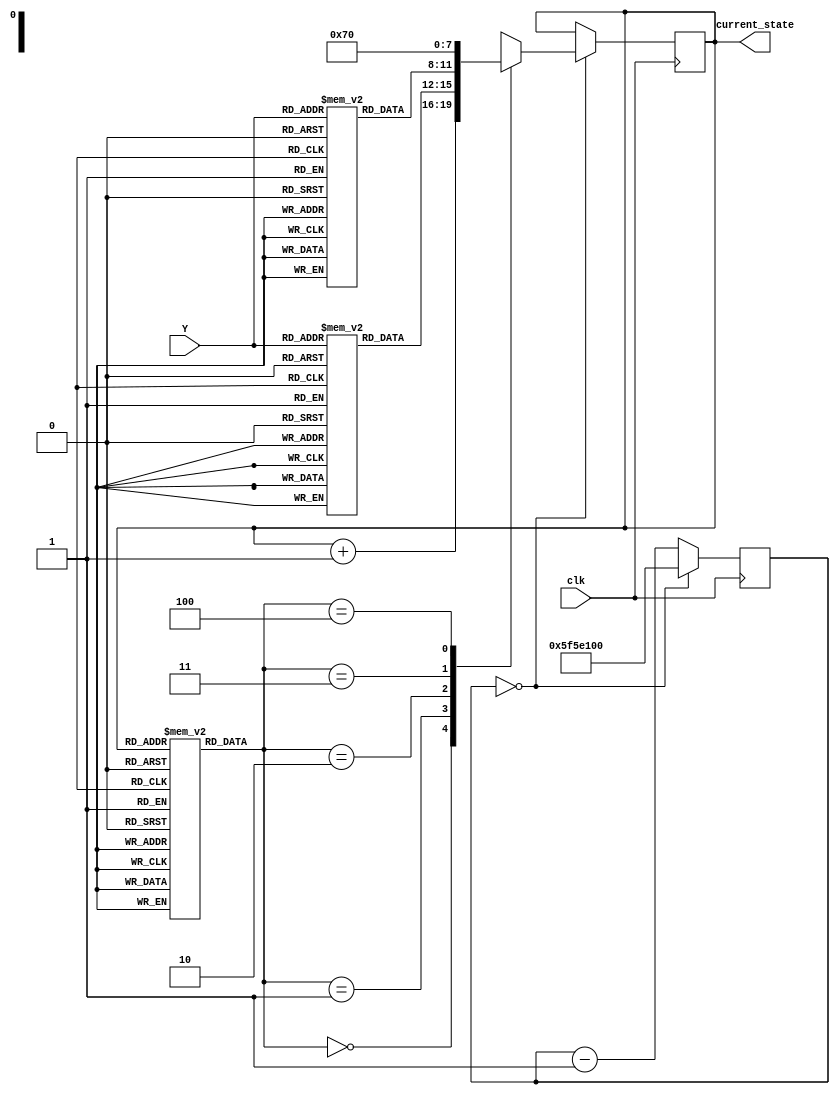
`timescale 1ns / 1ps
//////////////////////////////////////////////////////////////////////////////////
// Company: 
// Engineer: 
// 
// Design Name: 
// Module Name:    fsm 
// Project Name: 
// Target Devices: 
// Tool versions: 
// Description: 
//
// Dependencies: 
//
// Revision: 
// Revision 0.01 - File Created
// Additional Comments: Authored by Mainak Chaudhuri
//
//////////////////////////////////////////////////////////////////////////////////
`define DELAY 100_000_000

module fsm(clk, Y, current_state
    );

   	input clk;
	input [1:0] Y;
	
	output [3:0] current_state;
	
	reg [3:0] current_state;
	
	reg [2:0] microcodeROM [0:12];
	reg [3:0] dispatchROM1 [0:3];
	reg [3:0] dispatchROM2 [0:3];
	reg [26:0] counter;
	
	initial begin
	   	counter = `DELAY;
		
		microcodeROM[0] = 0;
		microcodeROM[1] = 0;
		microcodeROM[2] = 0;
		microcodeROM[3] = 1;
		microcodeROM[4] = 3;
		microcodeROM[5] = 3;
		microcodeROM[6] = 0;
		microcodeROM[7] = 0;
		microcodeROM[8] = 0;
		microcodeROM[9] = 0;
		microcodeROM[10] = 2;
		microcodeROM[11] = 4;
		microcodeROM[12] = 4;
		
		dispatchROM1[0] = 4;
		dispatchROM1[1] = 5;
		dispatchROM1[2] = 6;
		dispatchROM1[3] = 6;
		
		dispatchROM2[0] = 11;
		dispatchROM2[1] = 12;
		dispatchROM2[2] = 12;
		dispatchROM2[3] = 12;
		
		current_state = 0;
	end
	
	always @ (posedge clk) begin
	   	if (counter == 0) begin
		   	counter <= `DELAY;
			case (microcodeROM[current_state])
			0: current_state <= current_state + 1;
			1: current_state <= dispatchROM1[Y];
			2: current_state <= dispatchROM2[Y];
			3: current_state <= 7;
			4: current_state <= 0;
			5: current_state <= 4'bxxxx;
			6: current_state <= 4'bxxxx;
			7: current_state <= 4'bxxxx;
			endcase
		end
		else begin
		   	counter <= counter - 1;
		end
	end

endmodule